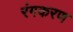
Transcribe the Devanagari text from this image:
रंगकरण